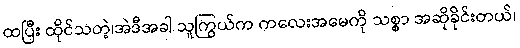
ထပြီး ထိုင်သတဲ့၊အဲဒီအခါ သူကြွယ်က ကလေးအမေကို သစ္စာ အဆိုခိုင်းတယ်၊